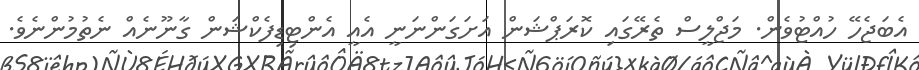
އެބަޖެހޭ ހުއްޓުވެން. މަޖްލީސް ތެރޭގައި ކޮރަޕްޝަން އަށަގަންނަނީ އެއީ އެންޓިޑިފެކްޝަން ގާނޫނެއް ނެތުމުންނެވެ.